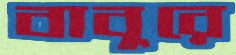
বাবুরে